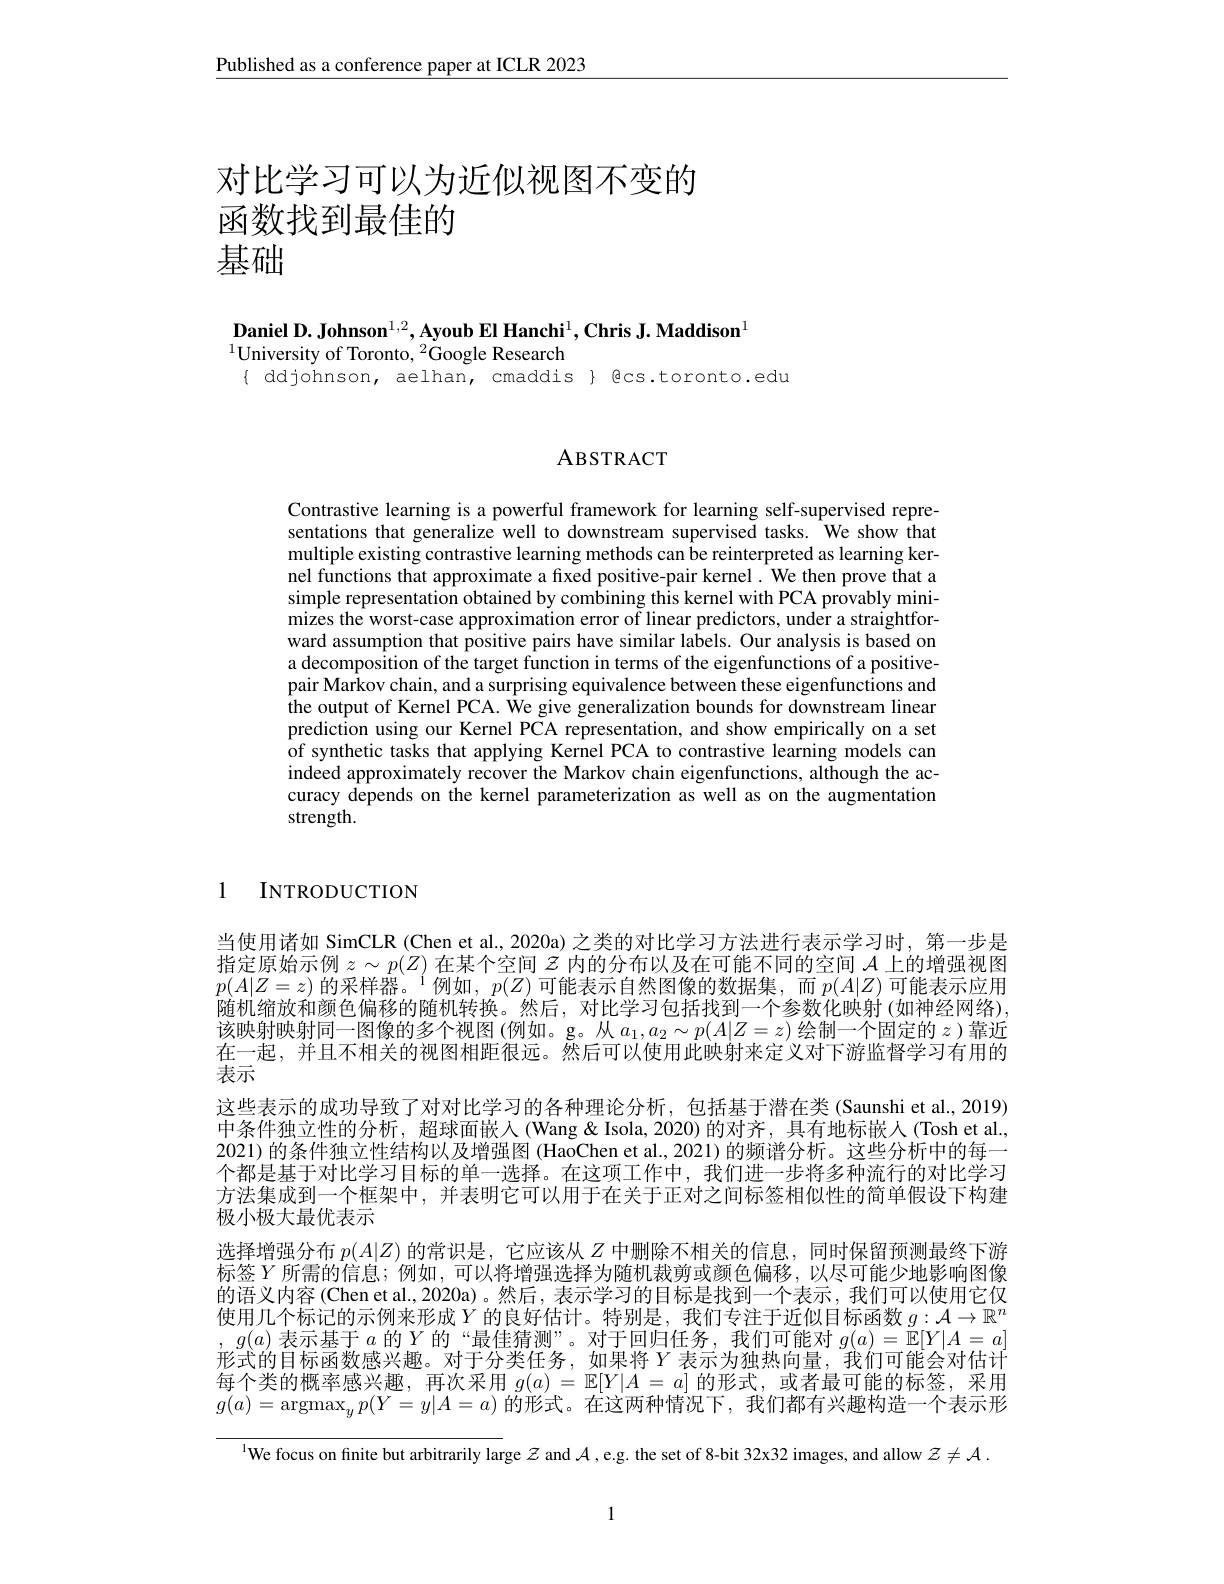
Published as a conference paper at ICLR 2023

# 对比学习可以为近似视图不变的函数找到最佳的基础

$\textbf{Daniel D. Johnson}^{1,2},\textbf{Ayoub El Hanchi}^{1},\textbf{Chris J. Maddison}^{1}$
$^{1}$University of Toronto, $^2$Google Research
$\{ ddjohnson, aelhan, cmaddis \} Qcs.toronto.edu$

ABSTRACT

Contrastive learning is a powerful framework for learning self-supervised representations that generalize well to downstream supervised tasks. We show that multiple existing contrastive learning methods can be reinterpreted as learning kernel functions that approximate a fixed positive-pair kernel. We then prove that a simple representation obtained by combining this kernel with PCA provably minimizes the worst-case approximation error of linear predictors, under a straightforward assumption that positive pairs have similar labels. Our analysis is based on a decomposition of the target function in terms of the eigenfunctions of a positivepair Markov chain, and a surprising equivalence between these eigenfunctions and the output of Kernel PCA. We give generalization bounds for downstream linear prediction using our Kernel PCA representation, and show empirically on a set of synthetic tasks that applying Kernel PCA to contrastive learning models can indeed approximately recover the Markov chain eigenfunctions, although the accuracy depends on the kernel parameterization as well as on the augmentation strength.

1 INTRODUCTION

当使用诸如 SimCLR (Chen et al., 2020a) 之类的对比学习方法进行表示学习时，第一步是$\begin{array}{l}\text{指定原始示例 }z\sim p(Z)\text{ 在某个空间 }Z\text{ 内的分布以及在可能不同的空间 }\mathcal{A}\text{ 上的增强视图}\\p(A|Z=z)\text{ 的采样器。}^{1}\text{例如 },p(Z)\text{ 可能表示自然图像的数据集，而}p(A|Z)\text{ 可能表示应用}\end{array}$ 随机缩放和颜色偏移的随机转换。然后，对比学习包括找到一个参数化映射(如神经网络), 该映射映射同一图像的多个视图(例如。g。从$a_1,a_2\sim p(A|Z=z)$绘制一个固定的$z$ )靠近在一起，并且不相关的视图相距很远。然后可以使用此映射来定义对下游监督学习有用的表示
这些表示的成功导致了对对比学习的各种理论分析，包括基于潜在类(Saunshi et al., 2019) 中条件独立性的分析，超球面嵌人(Wang&Isola,2020)的对齐，具有地标嵌人(Tosh et al. 2021) 的条件独立性结构以及增强图(HaoChen et al., 2021) 的频谱分析。这些分析中的每一个都是基于对比学习目标的单一选择。在这项工作中，我们进一步将多种流行的对比学习方法集成到一个框架中，并表明它可以用于在关于正对之间标签相似性的简单假设下构建极小极大最优表示
选择增强分布$p(A|Z)$的常识是，它应该从$Z$中删除不相关的信息，同时保留预测最终下游标签$Y$ 所需的信息；例如，可以将增强选择为随机裁剪或颜色偏移，以尽可能少地影响图像的语义内容(Chen et al., 2020a)。然后，表示学习的目标是找到一个表示，我们可以使用它仅使用几个标记的示例来形成$Y$ 的良好估计。特别是，我们专注于近似目标函数 $g:\mathcal{A}\to\mathbb{R}^n$ $,g(a)$表示基于$a$的$Y$的“最佳猜测”。对于回归任务，我们可能对$g(a)=\bar{\mathbb{E}}[Y|A=a]$ 形式的目标函数感兴趣。对于分类任务，如果将$Y$ 表示为独热向量，我们可能会对估计每个类的概率感兴趣，再次采用$g(a)=\mathbb{E}[Y|A=a]$的形式，或者最可能的标签，采用$g(a)=\operatorname{argmax}_yp(Y=y|A=a)$的形式。在这两种情况下，我们都有兴趣构造一个表示形

$^{\text{l}}$We focus on finite but arbitrarily large $z$ and $\mathcal{A}$,e.g. the set of 8-bit 32x32 images, and allow $\mathcal{Z}\neq\mathcal{A}.$

1